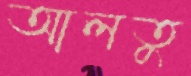
আলতু